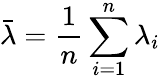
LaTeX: \bar{\lambda}=\frac{1}{n}\sum_{i=1}^{n}\lambda_{i}